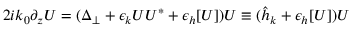
2 i k _ { 0 } \partial _ { z } U = ( \Delta _ { \perp } + \epsilon _ { k } U U ^ { * } + \epsilon _ { h } [ U ] ) U \equiv ( \hat { h } _ { k } + \epsilon _ { h } [ U ] ) U